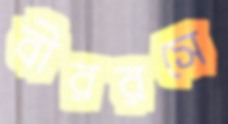
বীররসে